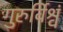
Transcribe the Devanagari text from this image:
गुरुर्विश्वं